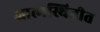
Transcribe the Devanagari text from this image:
आत्मस्थितीत